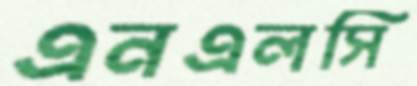
এনএলসি